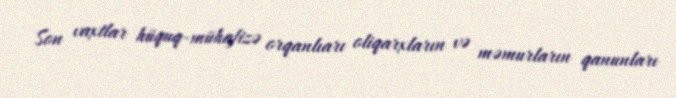
Son vaxtlar hüquq-mühafizə orqanlıarı oliqarxların və məmurların qanunları